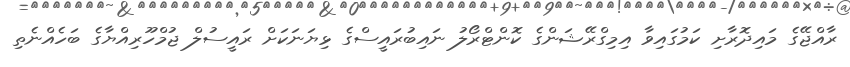
ރާއްޖޭގެ މައިދޮރާށި ކަމުގައިވާ އިމިގްރޭޝަންގެ ކޮންޓްރޯލު ނައިބުރައީސްގެ ޅިޔަނަކަށް ރައީސުލް ޖުމްހޫރިއްޔާގެ ބަހެއްނެތި